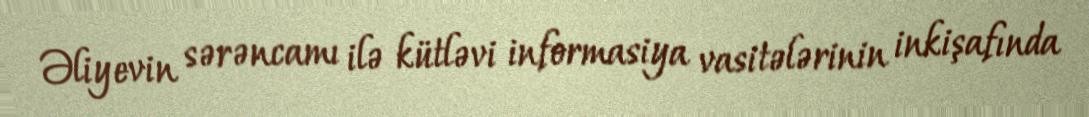
Əliyevin sərəncamı ilə kütləvi informasiya vasitələrinin inkişafında